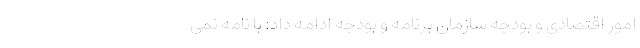
امور اقتصادی و بودجه سازمان برنامه و بودجه ادامه داد‌: با نامه نمی